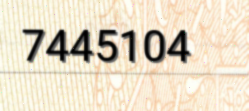
7445104